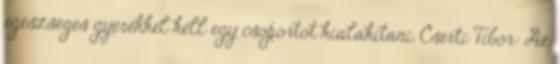
egészséges gyerekkel kell egy csoportot kialakítani. Cserti Tibor: Az